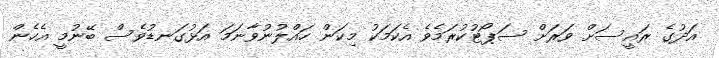
އަދުގެ ރައީސަށް ވަރަށް ސަޕޯޓުކުރަމެވެ އެކަމަކު މިކަން ހައްލުނުވާނަމަ އަޅުގަނޑުވެސް ބޭނުމީ އެހެން